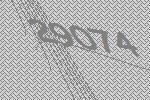
29074